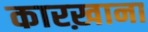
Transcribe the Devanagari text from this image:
कारख़ाना